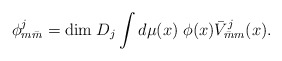
\begin{align*}\phi^j_{m\bar{m}} = {\rm dim}\;D_j \int d\mu(x) \; \phi(x)\bar{V}^j_{\bar{m}m}(x).\end{align*}